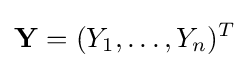
\mathbf {Y} =(Y_{1},\ldots ,Y_{n})^{T}